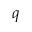
q